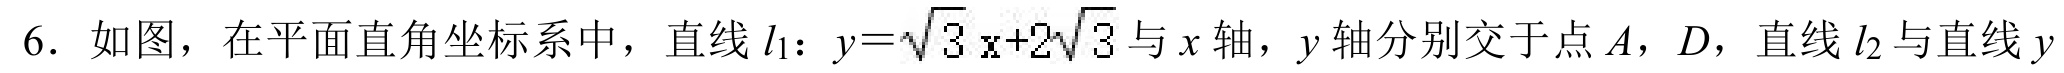
6. 如图，在平面直角坐标系中，直线\(l_{1}\)：\(y = \sqrt{3}x + 2\sqrt{3}\)与\(x\)轴，\(y\)轴分别交于点\(A\)，\(D\)，直线\(l_{2}\)与直线\(y\)